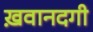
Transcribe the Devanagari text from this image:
ख़वानदगी